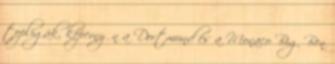
topligák, képernyőn a Dortmund és a Monaco Big Ben